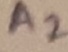
Text: A2